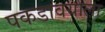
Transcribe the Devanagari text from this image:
पकडावयाला